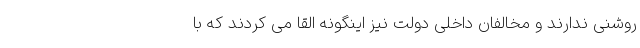
روشنی ندارند و مخالفان داخلی دولت نیز اینگونه القا می کردند که با